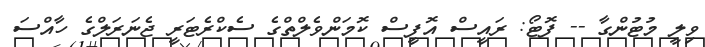
ވިލީ މުޓުންގާ -- ފޮޓޯ: ރައީސް އޮފީސް ކޮމަންވެލްތްގެ ސެކްރެޓަރީ ޖެނަރަލްގެ ހާއްސަ